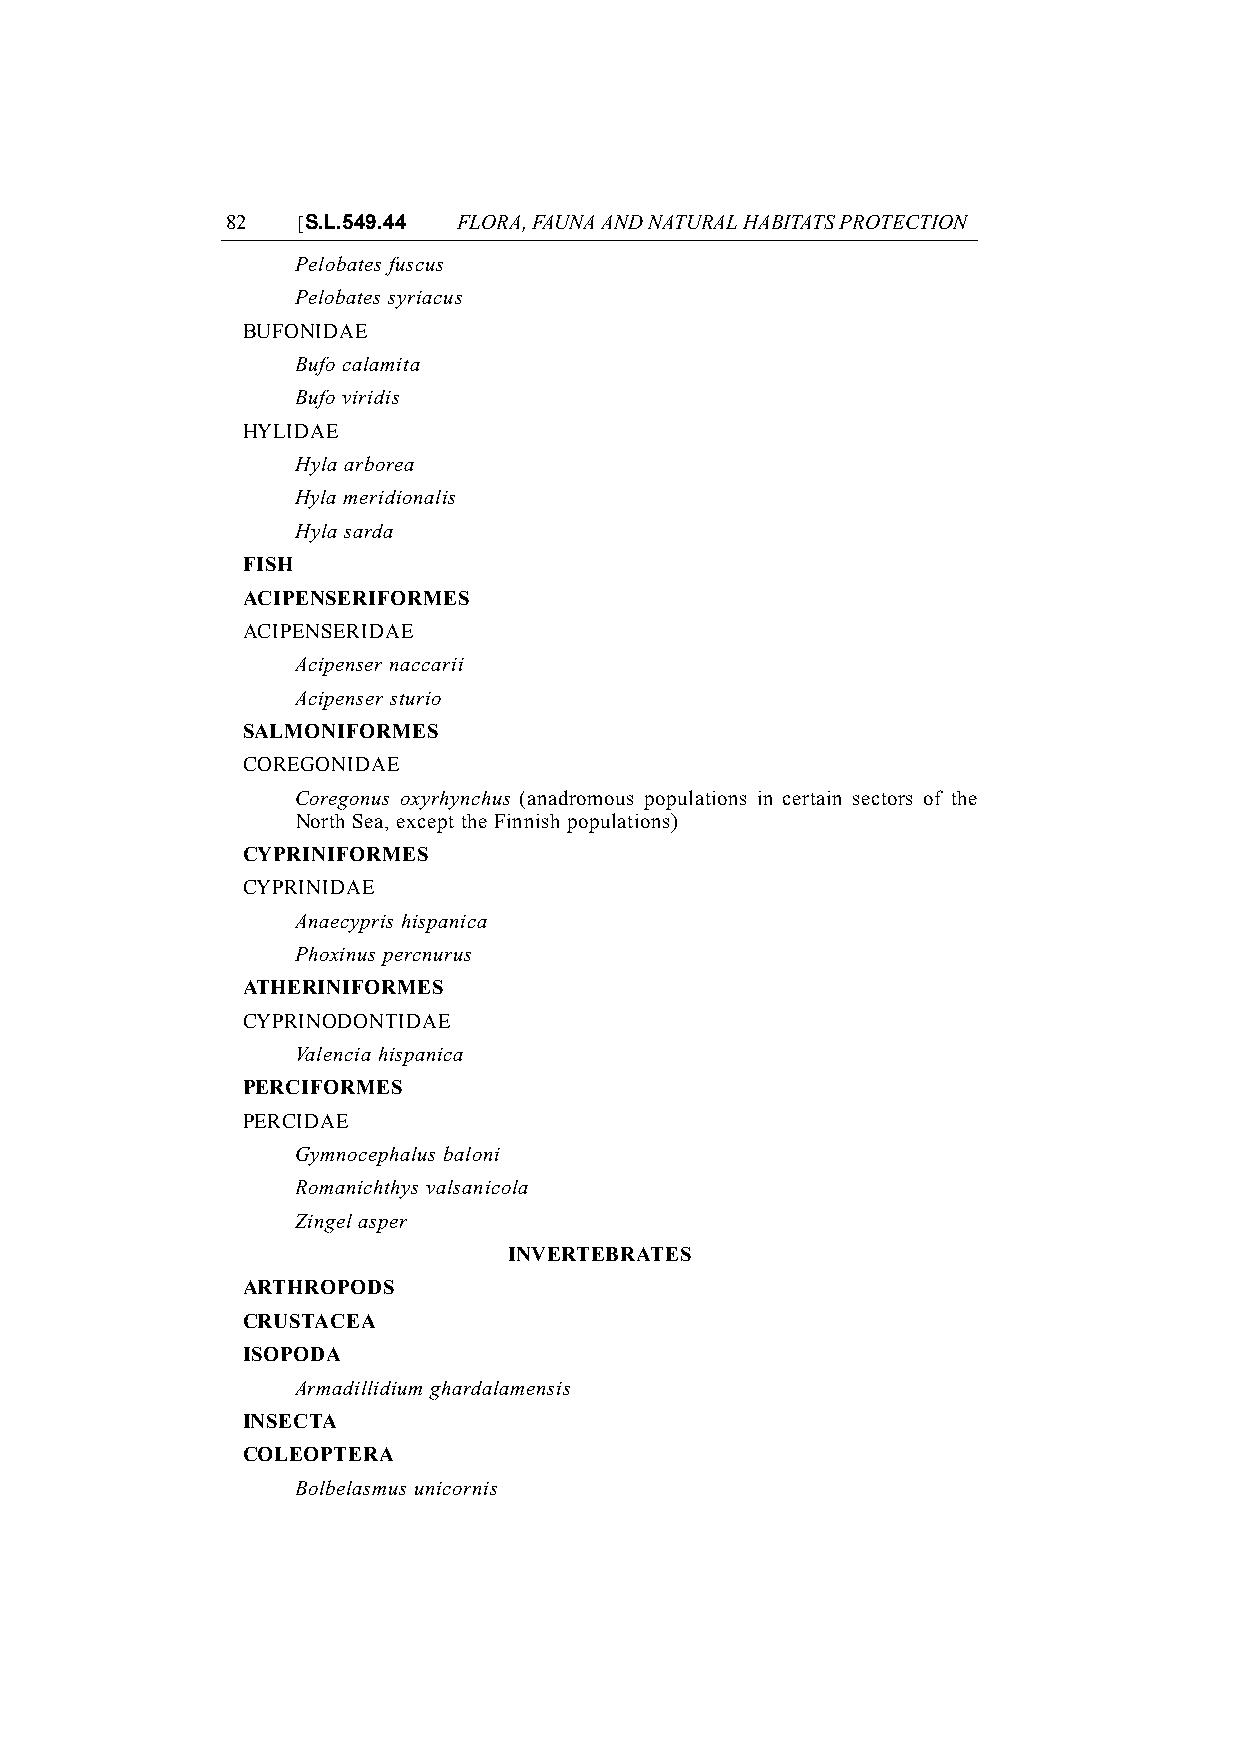
82   [S.L.549.44 FLORA, FAUNA AND NATURAL HABITATS PROTECTION
 Pelobates fuscus
 Pelobates syriacus
 BUFONIDAE
 Bufo calamita
 Bufo viridis
 HYLIDAE
 Hyla arborea
 Hyla meridionalis
 Hyla sarda
 FISH
 ACIPENSERIFORMES
 ACIPENSERIDAE
 Acipenser naccarii
 Acipenser sturio
 SALMONIFORMES
 COREGONIDAE
 Coregonus oxyrhynchus (anadromous populations in certain sectors of the
 North Sea, except the Finnish populations)
 CYPRINIFORMES
 CYPRINIDAE
 Anaecypris hispanica
 Phoxinus percnurus
 ATHERINIFORMES
 CYPRINODONTIDAE
 Valencia hispanica
 PERCIFORMES
 PERCIDAE
 Gymnocephalus baloni
 Romanichthys valsanicola
 Zingel asper
 INVERTEBRATES
 ARTHROPODS
 CRUSTACEA
 ISOPODA
 Armadillidium ghardalamensis
 INSECTA
 COLEOPTERA
 Bolbelasmus unicornis